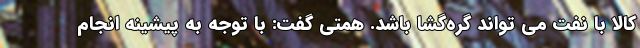
کالا با نفت می تواند گره‌گشا باشد. همتی گفت: با توجه به پیشینه انجام